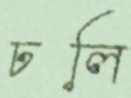
ঢলি